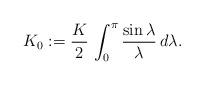
LaTeX: \begin{align*}K_0 := \frac{K}{2}\, \int_0^\pi \frac{\sin \lambda}\lambda\, d\lambda.\end{align*}